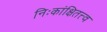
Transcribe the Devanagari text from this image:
निःकांक्षितत्त्व